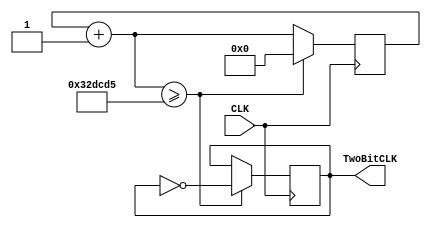
module LowerFrequency(
    input CLK,
    output reg TwoBitCLK = 0
 );
reg [16:0]counter = 0;

always@(posedge CLK)
begin
    counter = counter+1;
    if(counter >= 3333333) begin
    TwoBitCLK = !TwoBitCLK;
    counter = 0;
    end
    end
endmodule